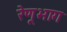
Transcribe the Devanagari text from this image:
रेणूभाग